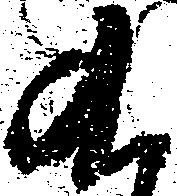
九